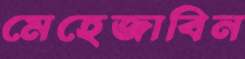
মেহেজাবিন